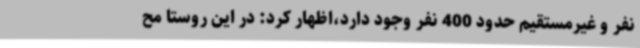
نفر و غیرمستقیم حدود 400 نفر وجود دارد،اظهار کرد: در این روستا مح